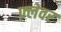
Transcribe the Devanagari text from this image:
फ़्लेवर